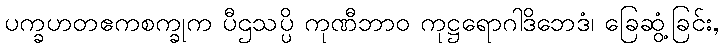
ပက္ခဟတဧကစက္ခုက ပီဌသပ္ပိ ကုဏီဘာဝ ကုဋ္ဌရောဂါဒိဘေဒံ၊ ခြေဆွံ့ခြင်း,